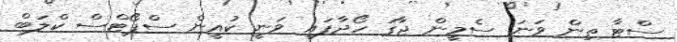
ސްޓާ ތިން ވަނަ ސެމީން ޖާގަ ހޯދާފައި ވަނީ ކުއީން ސްޕޯޓްސް ކްލަބް